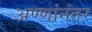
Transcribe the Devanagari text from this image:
अण्णांनंतर